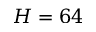
H = 6 4